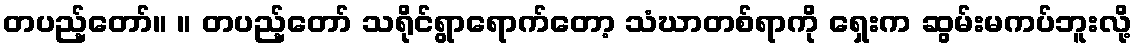
တပည့်တော်။ ။ တပည့်တော် သရိုင်ရွာရောက်တော့ သံဃာတစ်ရာကို ရှေးက ဆွမ်းမကပ်ဘူးလို့